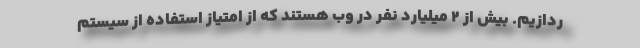
ردازیم. بیش از 2 میلیارد نفر در وب هستند که از امتیاز استفاده از سیستم